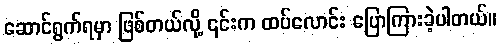
ဆောင်ရွက်ရမှာ ဖြစ်တယ်လို့ ၎င်းက ထပ်လောင်း ပြောကြားခဲ့ပါတယ်။